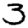
Digit: 3